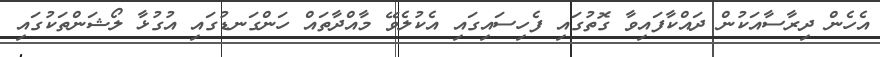
އެހެން ދިރާސާއަކުން ދައްކާފައިވާ ގޮތުގައި ފެހިސައިގައި އެކުލެވޭ މާއްދާތައް ހަންގަނޑުގައި އުގުޅާ ލޯޝަންތަކުގައި